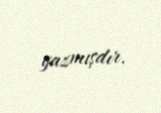
yazmışdır.